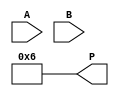
module vedic_multiplier #(parameter N = 4) (
    input  wire [N-1:0] A,   // First multiplicand
    input  wire [N-1:0] B,   // Second multiplicand
    output wire [2*N-1:0] P  // Product output
);

    // Generate partial products
    wire [N-1:0] pp [0:N-1]; // Partial products array

    genvar i, j;
    generate
        for (i = 0; i < N; i = i + 1) begin : pp_gen
            for (j = 0; j < N; j = j + 1) begin : pp_inner
                assign pp[i][j] = A[i] & B[j]; // AND operation for partial products
            end
        end
    endgenerate

    // Align partial products
    wire [2*N-1:0] aligned_pp [0:N-1];
    generate
        for (i = 0; i < N; i = i + 1) begin : align_pp
            assign aligned_pp[i] = {pp[i], i}; // Shift partial products
        end
    endgenerate

    // Sum the partial products using a simple adder
    wire [2*N-1:0] sum [0:N-1];

    assign sum[0] = aligned_pp[0]; // First partial product
    generate
        for (i = 1; i < N; i = i + 1) begin : sum_gen
            assign sum[i] = sum[i-1] + aligned_pp[i]; // Cumulative sum
        end
    endgenerate

    // Final product output
    assign P = sum[N-1];

endmodule